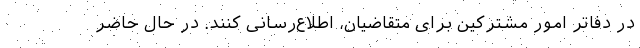
در دفاتر امور مشترکین برای متقاضیان، اطلاع‌رسانی کنند. در حال حاضر